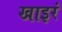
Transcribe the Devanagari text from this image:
खाइरं